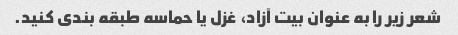
شعر زیر را به عنوان بیت آزاد، غزل یا حماسه طبقه بندی کنید.